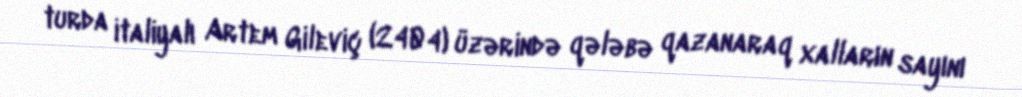
turda italiyalı Artem Gileviç (2404) üzərində qələbə qazanaraq xalların sayını